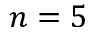
n = 5